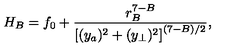
H _ { B } = f _ { 0 } + { \frac { r _ { B } ^ { 7 - B } } { \left[ ( { { { y } } _ { a } } ) ^ { 2 } + ( { { { y } } _ { \perp } } ) ^ { 2 } \right] ^ { ( 7 - B ) / 2 } } } ,